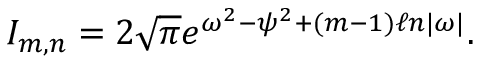
\begin{array} { r } { I _ { m , n } = 2 \sqrt { \pi } e ^ { \omega ^ { 2 } - \psi ^ { 2 } + ( m - 1 ) \ell n | \omega | } . } \end{array}